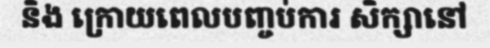
និង ក្រោយពេលបញ្ចប់ការ សិក្សានៅ